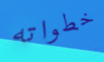
خطواته